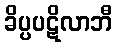
ခိပ္ပပဋိလာဘီ